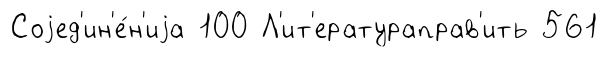
Соjед'ин'е́н'иjа 100 Л'ит'ератураправ'ить 561